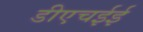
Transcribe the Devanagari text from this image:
डीएचईई